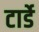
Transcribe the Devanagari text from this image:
टार्डे